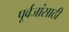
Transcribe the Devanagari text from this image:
पूर्वजांसाठी